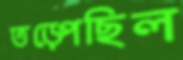
তড়্‌পেছিল